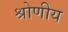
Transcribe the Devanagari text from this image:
श्रोणीय